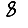
Digit: 8